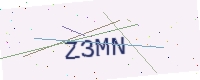
Text: Z3MN